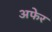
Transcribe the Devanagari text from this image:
अफेर